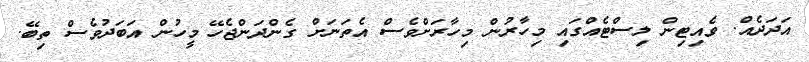
އަދަދެއް. ވެއިޓިން ލިސްޓެއްގައި މިހާރުން މިހާރަށްވެސް އެތަނަށް ގެންދަންޖެހޭ މީހުން އަބަދުވެސް ތިބޭ.